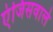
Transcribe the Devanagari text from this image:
एंजिसवाले